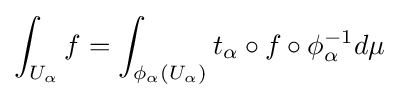
\int _{U_{\alpha }}f=\int _{\phi _{\alpha }(U_{\alpha })}t_{\alpha }\circ f\circ \phi _{\alpha }^{-1}d\mu